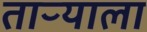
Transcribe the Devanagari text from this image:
ताऱ्‍याला